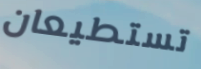
تستطيعان